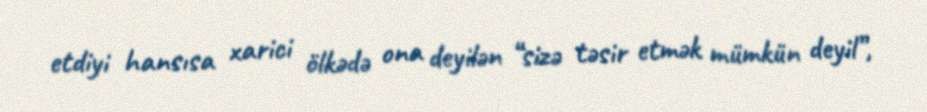
etdiyi hansısa xarici ölkədə ona deyilən “sizə təsir etmək mümkün deyil”,